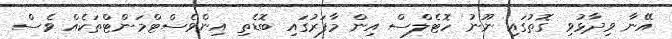
އޭނާ ވިދާޅުވި ގޮތުގައި ނޫނު ހޮޓެލްސް އިން މާފަރުގައި ބޮޑެތި އިންވެސްޓްމަންޓްތަކެއް ވެސް